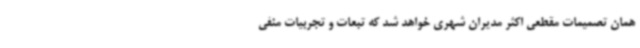
همان تصمیمات مقطعی اکثر مدیران شهری خواهد شد که تبعات و تجربیات منفی